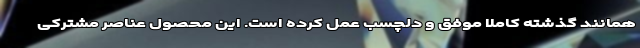
همانند گذشته کاملا موفق و دلچسب عمل کرده است. این محصول عناصر مشترکی